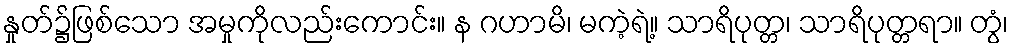
နှုတ်၌ဖြစ်သော အမှုကိုလည်းကောင်း။ န ဂဟာမိ၊ မကဲ့ရဲ့။ သာရိပုတ္တ၊ သာရိပုတ္တရာ။ တွံ၊